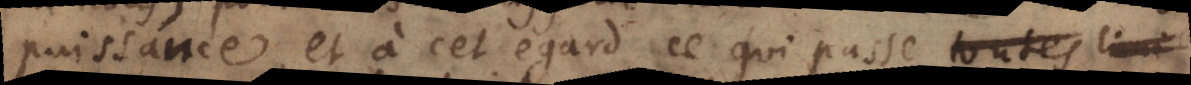
puissance, et à cet egard ce qui passe